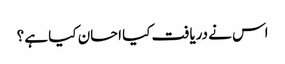
اس نے دریافت کیا احسان کیا ہے ؟